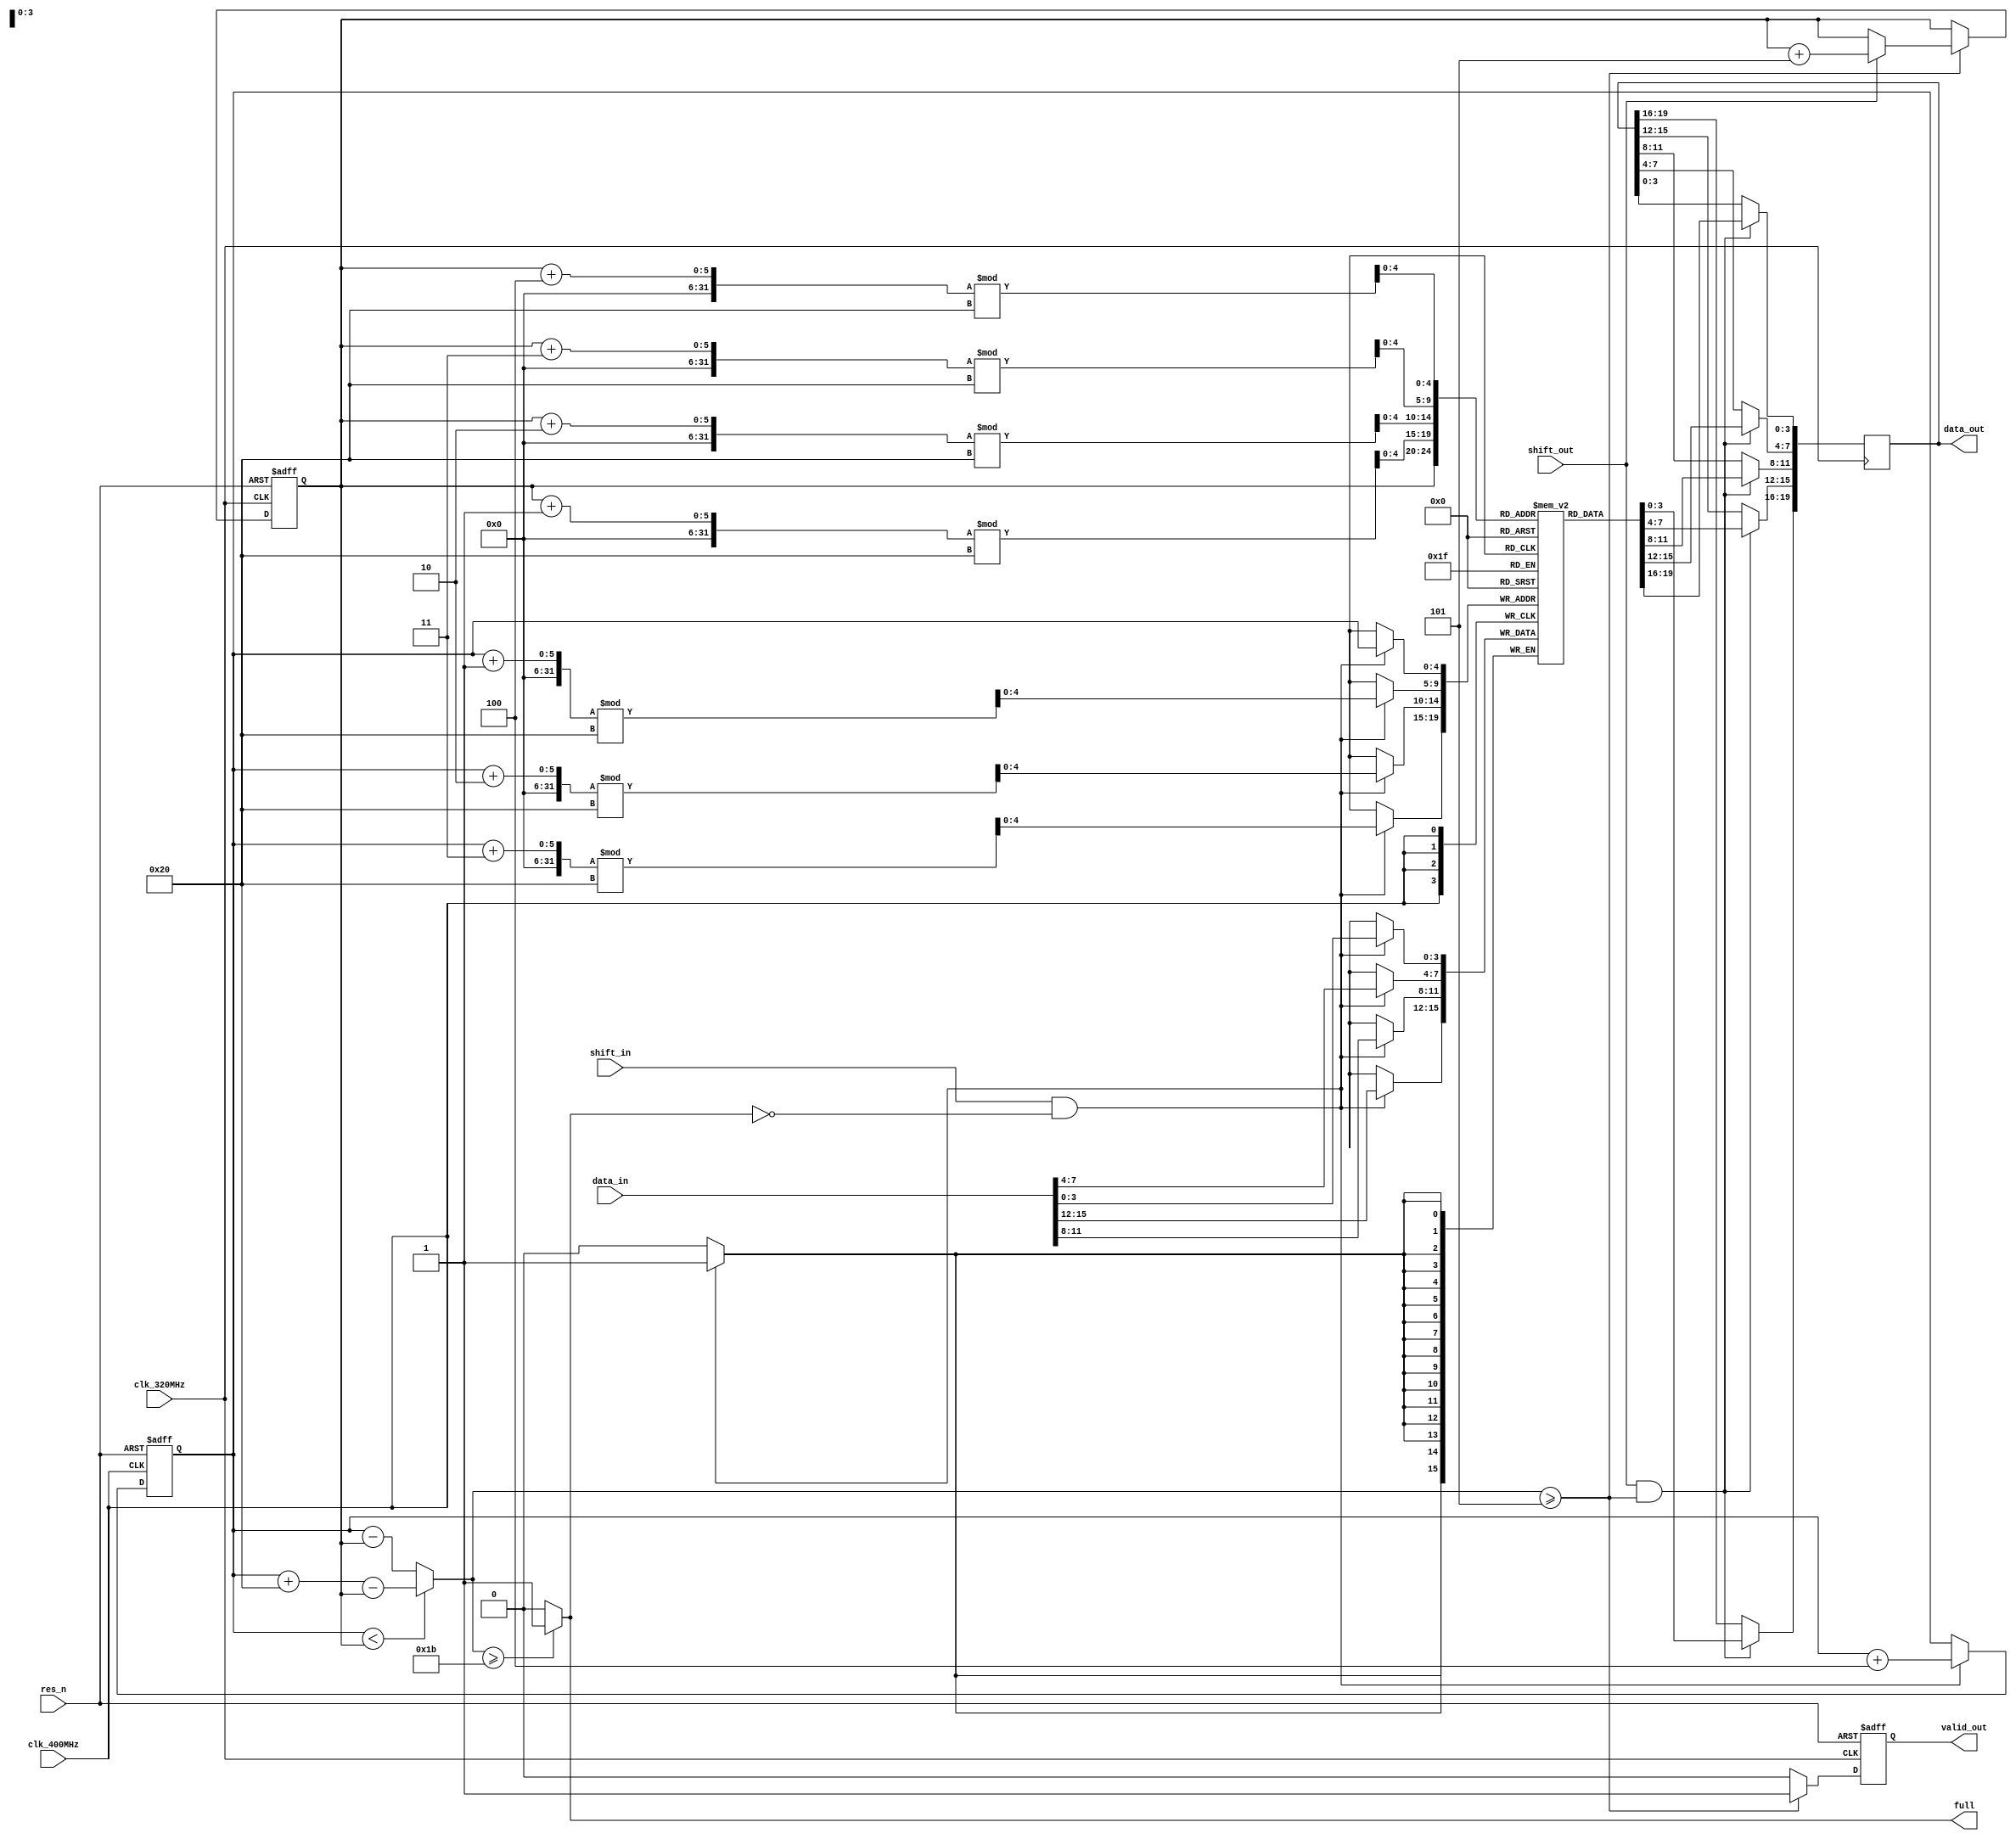
module gearbox
(
    input clk_400MHz,
    input clk_320MHz,
    input res_n,
    input shift_in,
    input shift_out,
    input[15:0] data_in,
    output reg valid_out,
    output full,
    output reg[19:0] data_out
);
    reg[4:0] RD_addr;
    reg[4:0] WR_addr;
    reg[3:0] buffer [0:31];
    wire[5:0] distance;

    assign distance = (WR_addr < RD_addr) ? WR_addr+32-RD_addr : WR_addr-RD_addr;
    assign full = (distance >= 27) ? 1 : 0; // set full signal when WR_addr is max_addr-1     

    always @(posedge clk_400MHz,negedge res_n)
    begin
        if(res_n == 0)
        begin
            WR_addr <= 4'b0000;
        end
        else
        begin
            // full signal has to be added
            if(shift_in == 1 && full == 0) //new data available
            begin
                WR_addr <= WR_addr + 4; // when full condition do not write has to be added
            end
        end
    end

    always @(posedge clk_320MHz,negedge res_n)
    begin
        if(res_n == 0)
        begin
            valid_out <= 0;
            RD_addr <= 4'b0000;
            valid_out <= 0;
        end
        else 
        begin
            if(distance >= 5) //want to read
            begin
                valid_out <= 1;
                if(shift_out == 1)
                begin
                    RD_addr <= RD_addr + 5;
                end
            end
            else
            begin
                valid_out <= 0;
            end    
        end    
    end
    
    always @(posedge clk_400MHz)
    begin
        if(shift_in == 1 && full == 0) // enable and address calculation need a one CLK cycle time gap
        begin
            buffer[WR_addr] <= data_in[3:0];
            buffer[(WR_addr + 1) % 32] <= data_in[7:4];
            buffer[(WR_addr + 2) % 32] <= data_in[11:8];
            buffer[(WR_addr + 3) % 32] <= data_in[15:12];
        end
    end

    always @(posedge clk_320MHz)
    begin
        if(shift_out == 1 && distance >= 5)
        begin
            data_out[3:0] <= buffer[RD_addr];
            data_out[7:4] <= buffer[(RD_addr + 1) % 32];
            data_out[11:8] <= buffer[(RD_addr + 2) % 32];
            data_out[15:12] <= buffer[(RD_addr + 3) % 32];
            data_out[19:16] <= buffer[(RD_addr + 4) % 32];
        end
    end

endmodule